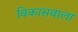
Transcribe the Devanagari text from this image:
विकासवाला